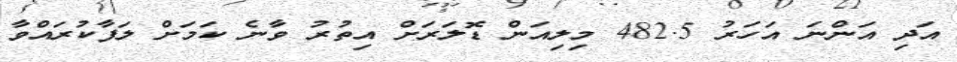
އަދި އަންނަ އަހަރު 482.5 މިލިއަން ޑޮލަރަށް އިތުރު ވާނެ ކަމަށް ލަފާކުރައްވާ